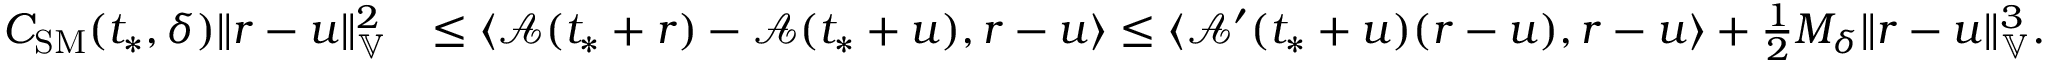
\begin{array} { r l } { C _ { \mathrm { S M } } ( t _ { * } , \delta ) \| r - u \| _ { \mathbb { V } } ^ { 2 } } & { \le \langle \mathcal { A } ( t _ { * } + r ) - \mathcal { A } ( t _ { * } + u ) , r - u \rangle \le \langle \mathcal { A } ^ { \prime } ( t _ { * } + u ) ( r - u ) , r - u \rangle + \frac { 1 } { 2 } M _ { \delta } \| r - u \| _ { \mathbb { V } } ^ { 3 } . } \end{array}